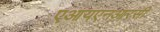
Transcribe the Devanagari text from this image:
एआयएनआरसी